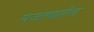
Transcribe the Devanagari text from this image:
मजल्यातील